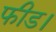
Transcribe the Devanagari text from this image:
फीड।